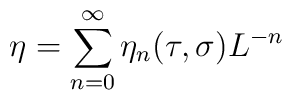
\eta=\sum_{n=0}^{\infty}\eta_{n}(\tau,\sigma) L^{-n}